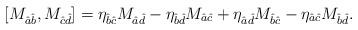
LaTeX: \begin{align*}[M_{\hat{a}\hat{b}},M_{\hat{c}\hat{d}}]=\eta_{\hat{b}\hat{c}}M_{\hat{a}\hat{d}}-\eta_{\hat{b}\hat{d}}M_{\hat{a}\hat{c}}+\eta_{\hat{a}\hat{d}}M_{\hat{b}\hat{c}}-\eta_{\hat{a}\hat{c}}M_{\hat{b}\hat{d}}.\end{align*}